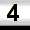
Digit: 4